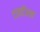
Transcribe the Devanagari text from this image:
टारटॅरस